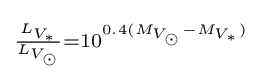
\scriptstyle {\frac {L_{V_{\ast }}}{L_{V_{\odot }}}}=10^{0.4(M_{V_{\odot }}-M_{V_{\ast }})}